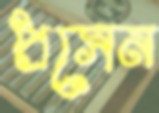
প্রসেন